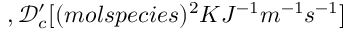
, \mathcal { D } _ { c } ^ { \prime } [ ( m o l s p e c i e s ) ^ { 2 } K J ^ { - 1 } m ^ { - 1 } s ^ { - 1 } ]